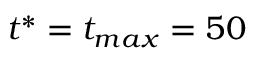
t ^ { \ast } = t _ { m a x } = 5 0